Riigikantselei, lk 102
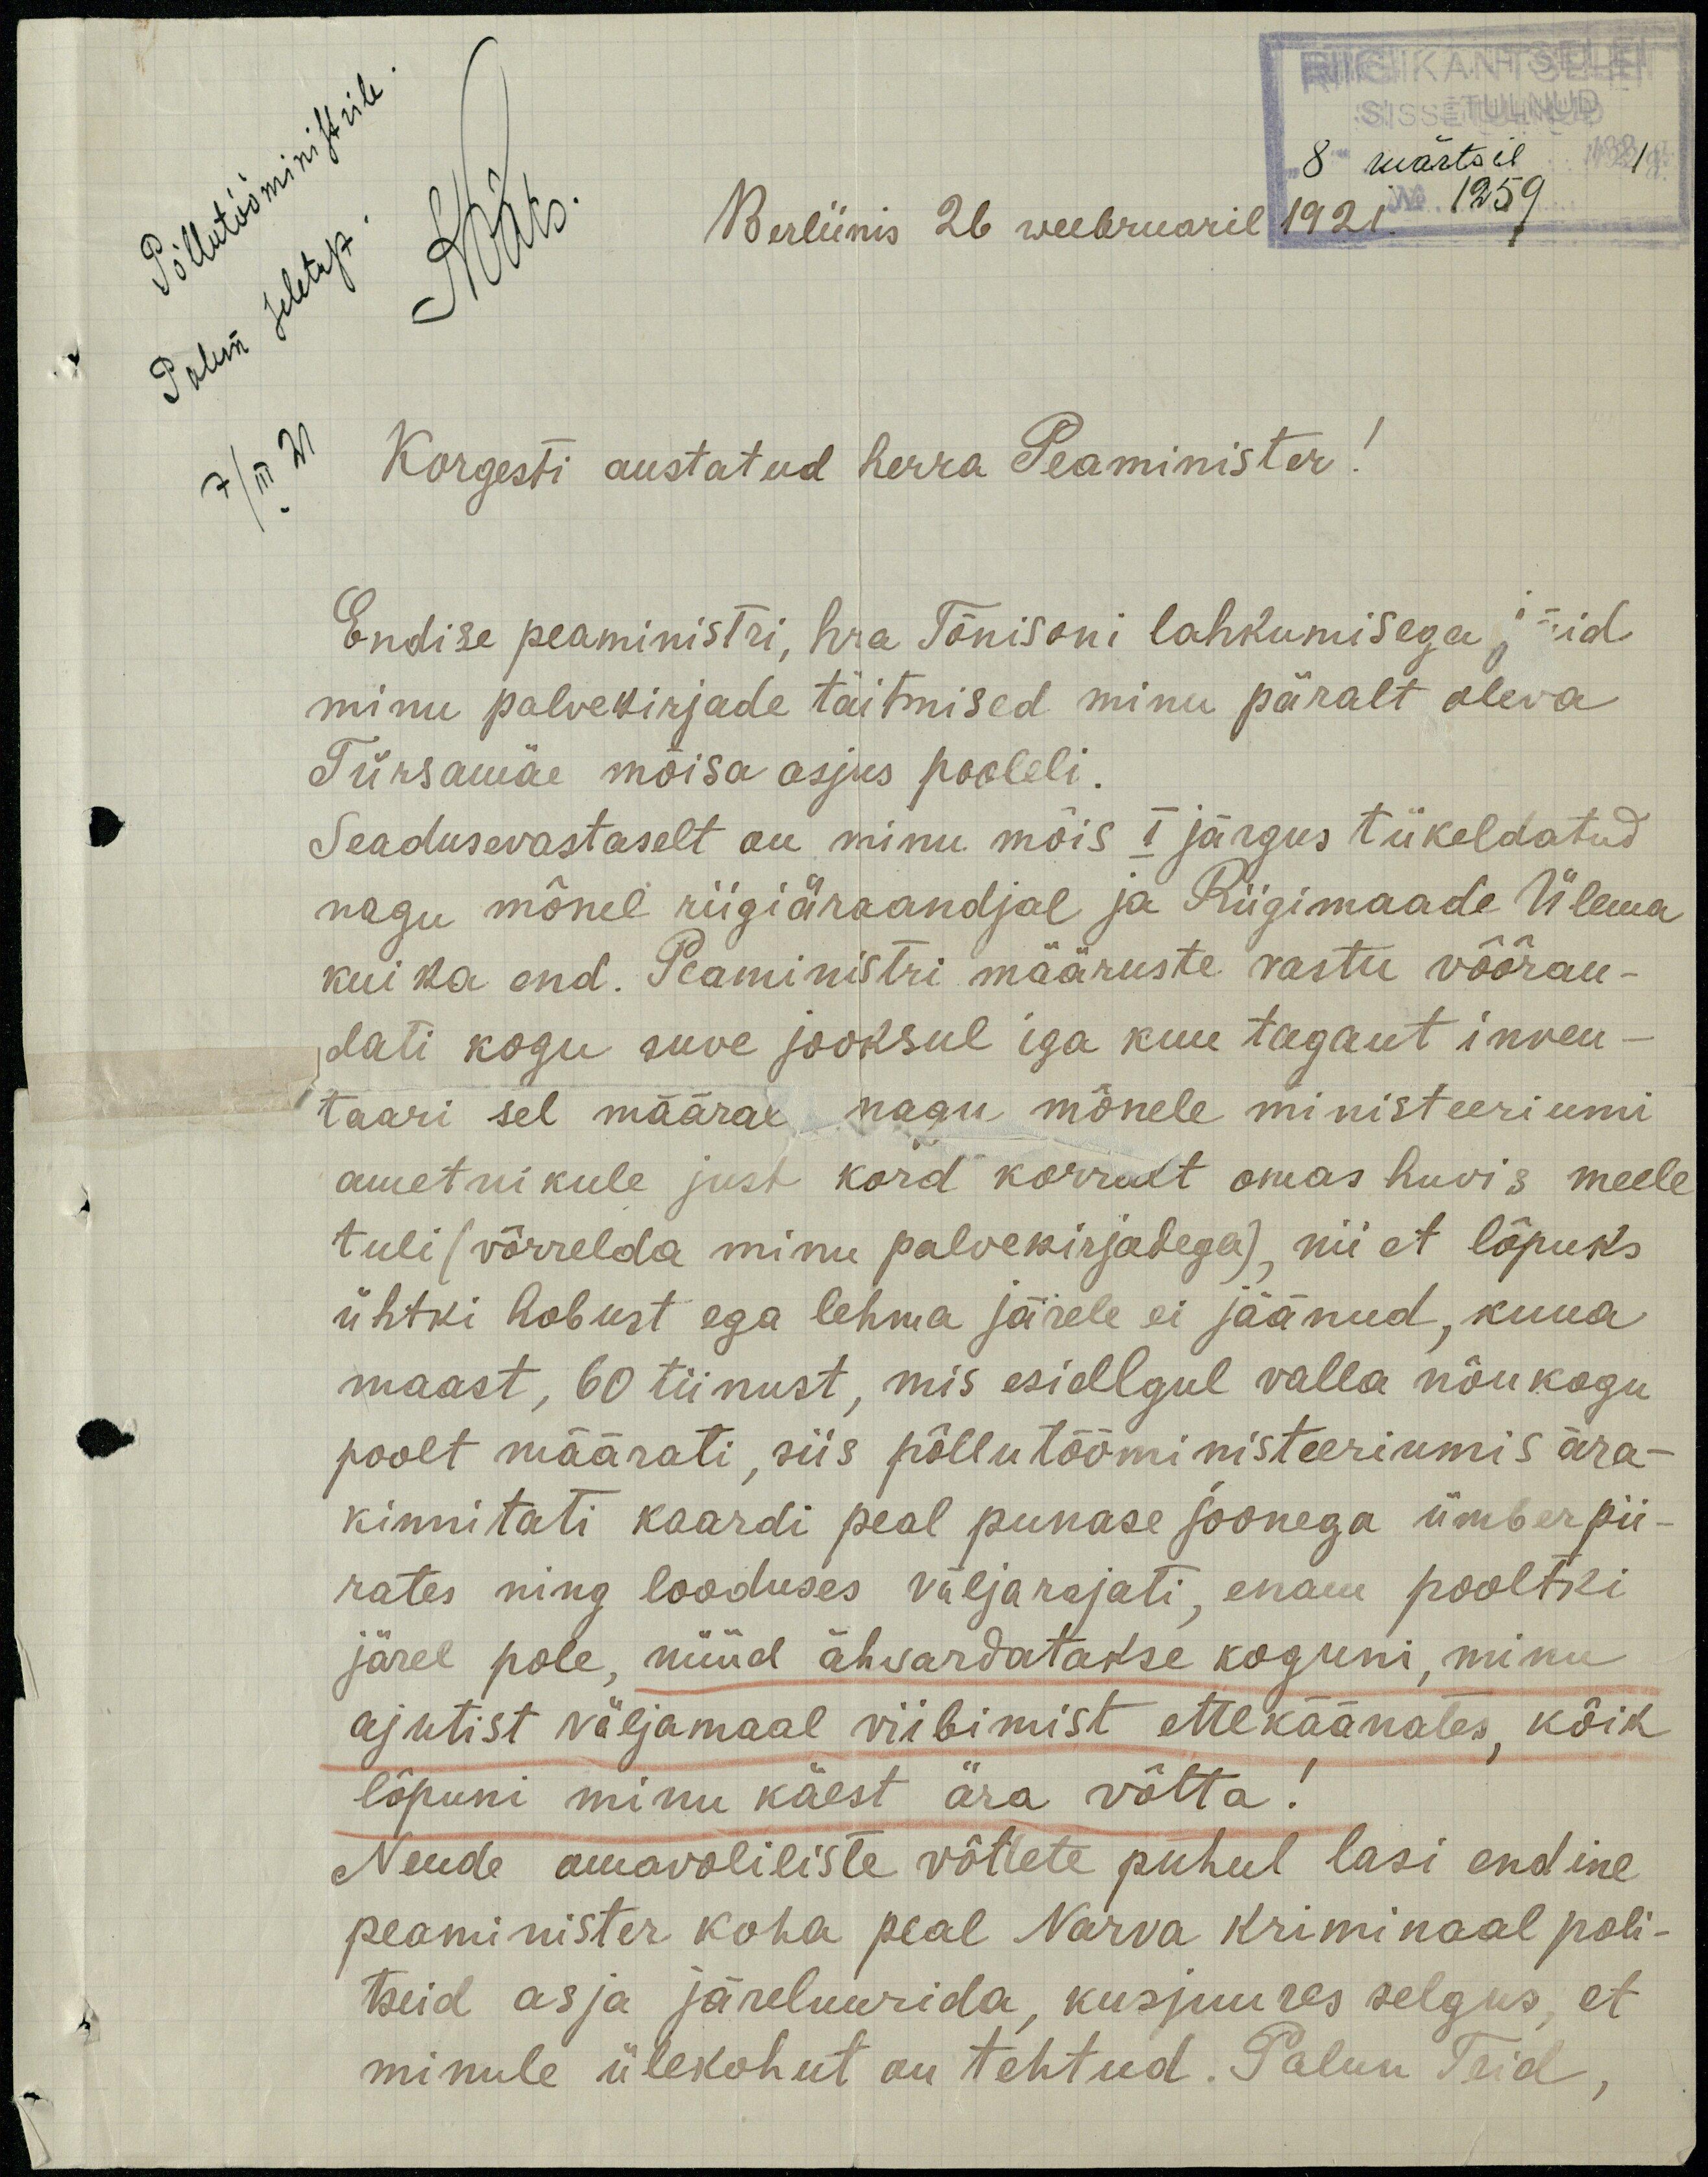
Põllutööministrile.
8 märtsil
1259
Berliinis 26 weebruaril 1921.
Palun seletust.
KPäts.
7/III 21
Korgesti austatud herra Peaminister!
Endise peaministri, hra Tõnisoni lahkumisega, jäid
minu palvekirjade täitmised minu päralt oleva
Türsamäe mõisa asjus pooleli.
Seadusevastaselt on minu mõis I järgus tükeldatud
nagu mõnel riigiäraandjal ja Riigimaade Ülema
kui ka end. Peaministri määruste vastu võõran-
dati kogu suve jooksul iga kuu tagant inven-
taari sel määral nagu mõnele ministeeriumi
ametnikule just kord korralt omas huvis meele
tuli (võrrelda minu palvekirjadega), nii et lõpuks
ühtki hobust ega lehma järele ei jäänud, kuna
maast, 60 tiinust, mis esiallgul valla nõukogu
poolt määrati, siis põllutööministeeriumis ära-
kinnitati kaardi peal punase joonega ümberpii-
rates ning looduses väljarajati, enam pooltki
järel pole, nüüd ähvardatakse koguni, minu
ajutist väljamaal viibimist ettekäänates, kõik
lõpuni minu käest ära võtta!
Nende omavoliliste võttete puhul lasi endine
peaminister koha peal Narva kriminaal poli-
tseid asja järeluurida, kusjuures selgus, et
minule ülekohut on tehtud. Palun Teid,